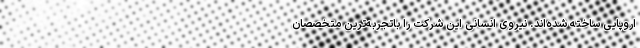
اروپایی ساخته شده‌اند. نیروی انسانی این شرکت را باتجربه‌ترین متخصصان